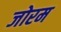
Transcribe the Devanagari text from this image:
जोरम